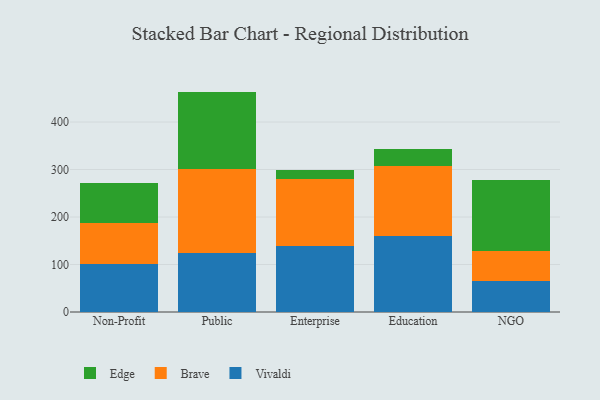
{"axis": {"x": "Segment", "y": "Revenue (USD Million)"}, "legend": ["Brave", "Edge", "Vivaldi"], "data": [{"x": "Non-Profit", "y": 101.6, "type": "Vivaldi"}, {"x": "Non-Profit", "y": 86.0, "type": "Brave"}, {"x": "Non-Profit", "y": 83.8, "type": "Edge"}, {"x": "Public", "y": 125.2, "type": "Vivaldi"}, {"x": "Public", "y": 176.0, "type": "Brave"}, {"x": "Public", "y": 162.9, "type": "Edge"}, {"x": "Enterprise", "y": 139.4, "type": "Vivaldi"}, {"x": "Enterprise", "y": 140.9, "type": "Brave"}, {"x": "Enterprise", "y": 17.7, "type": "Edge"}, {"x": "Education", "y": 159.7, "type": "Vivaldi"}, {"x": "Education", "y": 147.7, "type": "Brave"}, {"x": "Education", "y": 35.9, "type": "Edge"}, {"x": "NGO", "y": 66.0, "type": "Vivaldi"}, {"x": "NGO", "y": 62.3, "type": "Brave"}, {"x": "NGO", "y": 150.7, "type": "Edge"}]}